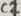
Text: C2